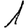
Digit: 1